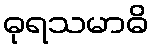
ဓုရသမာဓိ